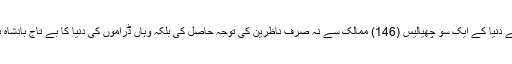
اس ڈرامے نے دنیا کے ایک سو چھیالیس (146) ممالک سے نہ صرف ناظرین کی توجہ حاصل کی بلکہ وہاں ڈراموں کی دنیا کا بے تاج بادشاہ بھی قرار پایا۔